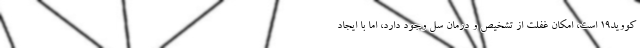
کووید۱۹ است، امکان غفلت از تشخیص و درمان سل وجود دارد، اما با ایجاد